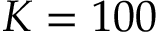
K = 1 0 0